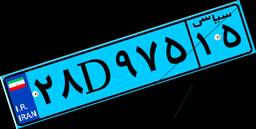
۲۸D۹۷۵۱۵